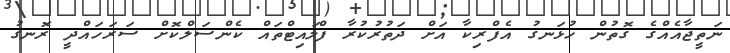
ނަތީޖާއެއްގެ ގޮތުން ހުޅަނގު އެފްރިކާ އަށް ދަތުރުކުރާ ފްލައިޓްތައް ކެންސަލްކޮށް ސަރަހައްދީ ރޮނގު